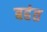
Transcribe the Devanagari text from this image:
बहंत